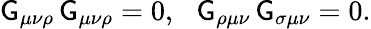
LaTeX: \mathsf{G}_{\mu\nu\rho}\, \mathsf{G}_{\mu\nu\rho}=0,\, \, \, \, \mathsf{G}_{\rho\mu\nu}\, \mathsf{G}_{\sigma\mu\nu}=0.